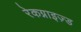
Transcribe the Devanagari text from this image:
रेकग्नाइज़्ड